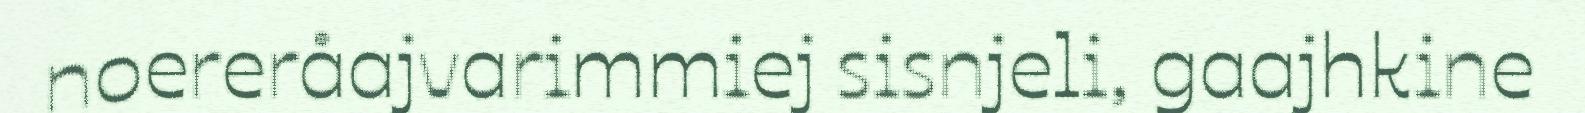
noereråajvarimmiej sisnjeli, gaajhkine